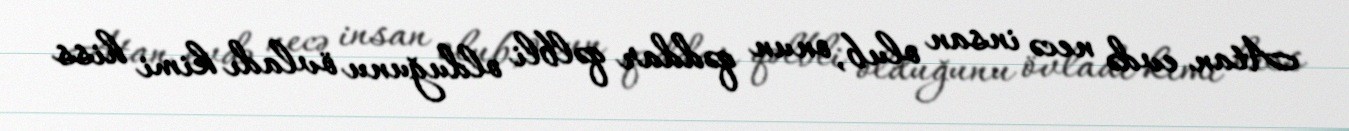
Atan evdə necə insan olub, onun qəddar qəlbli olduğunu övladı kimi hiss